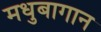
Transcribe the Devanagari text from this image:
मधुबागान